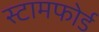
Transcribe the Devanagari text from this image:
स्टामफोर्ड